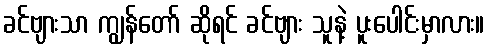
ခင်ဗျားသာ ကျွန်တော် ဆိုရင် ခင်ဗျား သူနဲ့ ပူးပေါင်းမှာလား။